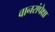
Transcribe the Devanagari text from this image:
वानरांपेक्षा